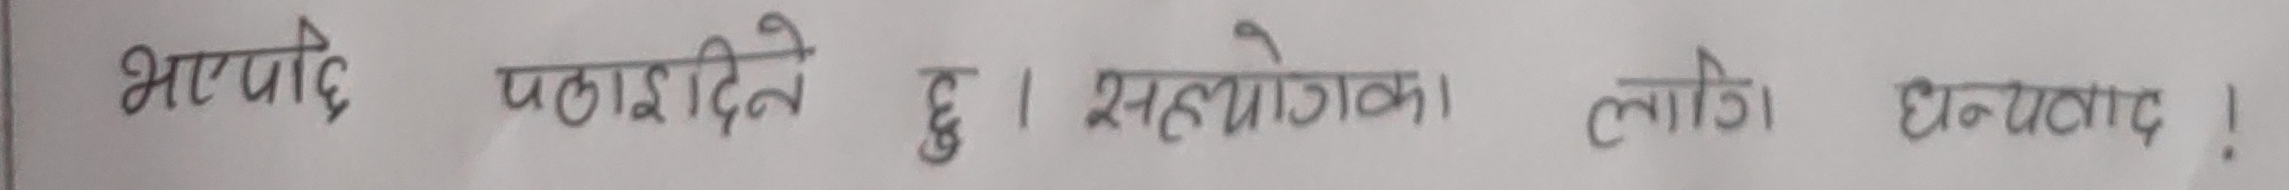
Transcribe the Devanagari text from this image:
भएपनि पठाइदिने छु । सहयोगका लागि धन्यवाद !